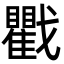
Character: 戵